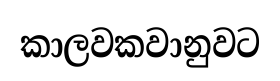
කාලවකවානුවට